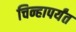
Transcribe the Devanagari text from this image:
चिन्हापर्यंत